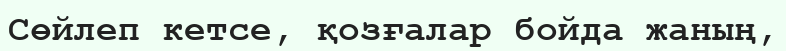
Сөйлеп кетсе, қозғалар бойда жаның,